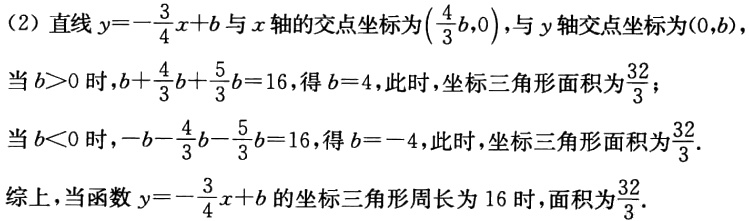
(2) 直线 \(y = -\frac{3}{4}x + b\) 与 \(x\) 轴的交点坐标为 \((\frac{4}{3}b,0)\)，与 \(y\) 轴交点坐标为 \((0,b)\)，
当 \(b > 0\) 时，\(b+\frac{4}{3}b+\frac{5}{3}b = 16\)，得 \(b = 4\)，此时，坐标三角形面积为 \(\frac{32}{3}\)；
当 \(b < 0\) 时，\(-b-\frac{4}{3}b-\frac{5}{3}b = 16\)，得 \(b = -4\)，此时，坐标三角形面积为 \(\frac{32}{3}\).
综上，当函数 \(y = -\frac{3}{4}x + b\) 的坐标三角形周长为 \(16\) 时，面积为 \(\frac{32}{3}\).